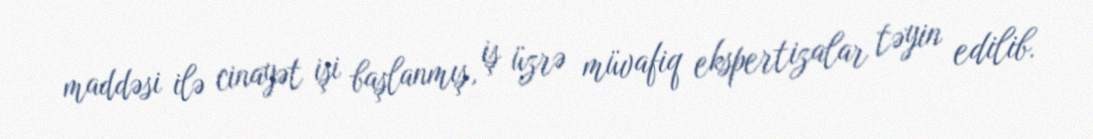
maddəsi ilə cinayət işi başlanmış, iş üzrə müvafiq ekspertizalar təyin edilib.